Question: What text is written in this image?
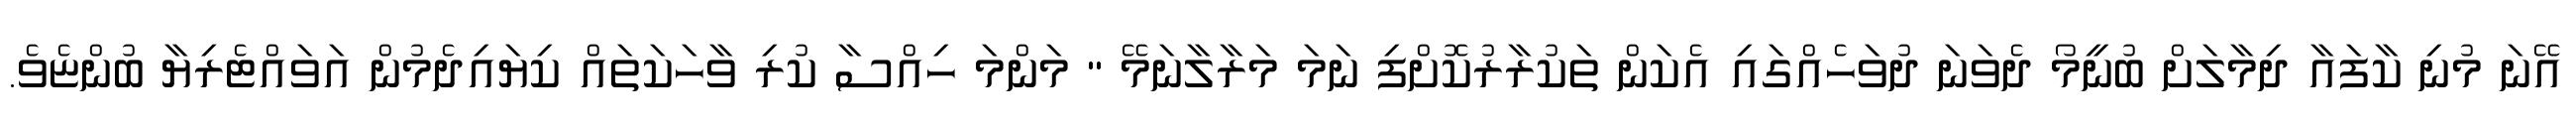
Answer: އޭނަ މުނި ކާފައާ ދިމާލަށް ބުނީމޯ ދެވަނަ ދުވަހެއްގައި އެކަން ތަކުރާރުކޮށްފި ނަމަ މަރާލާނަމޭ " މަންމަ ހިއްސާ ކުރި ވާހަކަތައް ކިޔައިދެމުން އަވައްޓެރިޔާ ބުންޏެވެ.